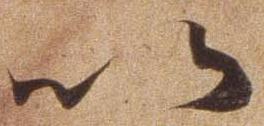
以